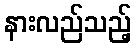
နားလည်သည့်